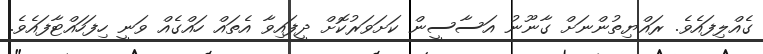
ގެއްލިފައެވެ. ރައްޔިތުންނަށް ގާނޫނު އަސާސީން ކަށަވަރުކޮށް ދީފައިވާ އެތައް ހައްގެއް ވަނީ ހިފަހައްޓާފައެވެ.